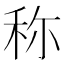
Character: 称